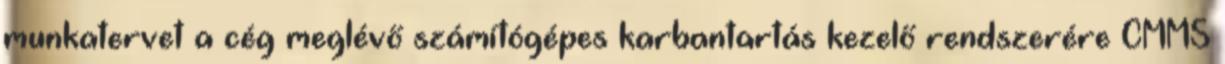
munkatervet a cég meglévő számítógépes karbantartás kezelő rendszerére CMMS